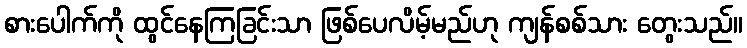
စားပေါက်ကို ထွင်နေကြခြင်းသာ ဖြစ်ပေလိမ့်မည်ဟု ကျန်စစ်သား တွေးသည်။